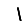
Digit: 1